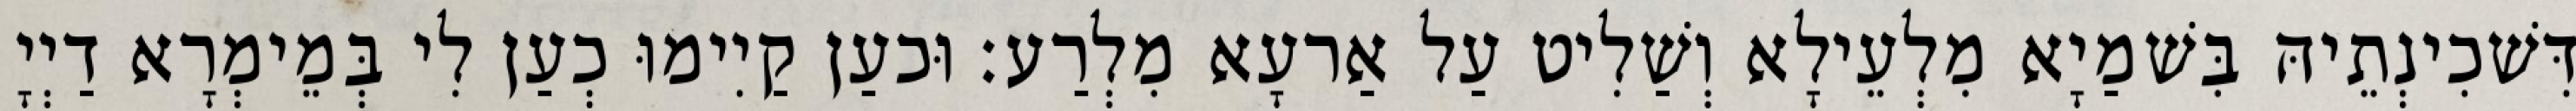
דִּשׁכִינְתֵיהּ בִּשׁמַיָא מִלְעֵילָא וְשַׁלִיט עַל אַרעָא מִלְרַע׃ וּכעַן קַיִימוּ כְעַן לִי בְּמֵימְרָא דַיְיָ